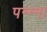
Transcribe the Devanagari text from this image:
पन्‍न्‍ना